Civil Veterinary Dept. Bombay admin report 1900-1906 - 1900-1906
Year: 1900
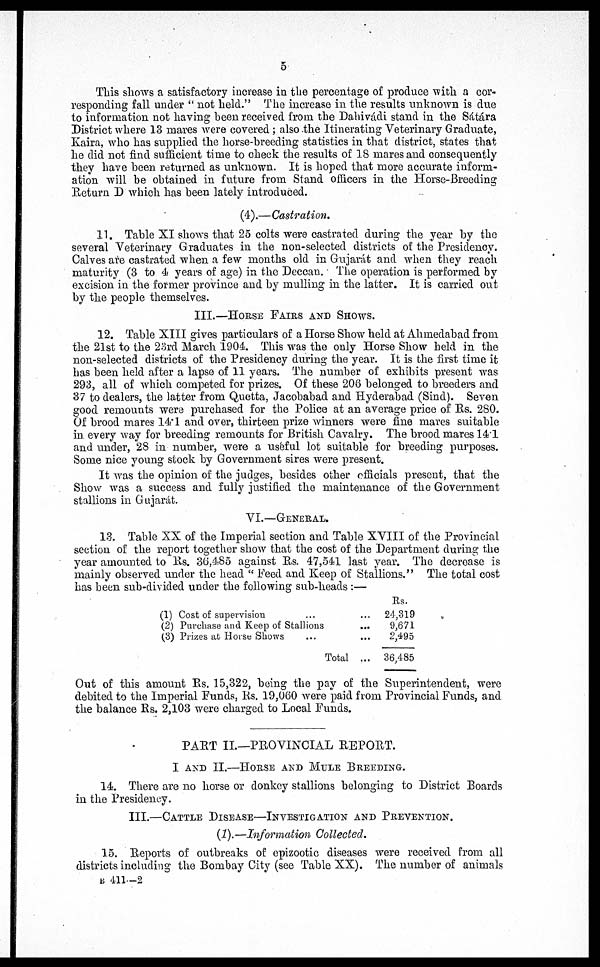
5
This shows a satisfactory increase in the percentage of produce with a cor-
responding fall under "not held." The increase in the results unknown is due
to information not having been received from the Dahivádi stand in the Sátára
District where 13 mares were covered ; also the Itinerating Veterinary Graduate,
Kaira, who has supplied the horse-breeding statistics in that district, states that
he did not find sufficient time to check the results of 18 mares and consequently
they have been returned as unknown. It is hoped that more accurate inform-
ation will be obtained in future from Stand officers in the Horse-Breeding
Return D which has been lately introduced.
(4).—Castration.
11. Table XI shows that 25 colts were castrated during the year by the
several Veterinary Graduates in the non-selected districts of the Presidency.
Calves are castrated when a few months old in Gujarat and when they reach
maturity (3 to 4 years of age) in the Deccau. The operation is performed by
excision in the former province and by mulling in the latter. It is carried out
by the people themselves.
III.—HORSE FAIRS AND SHOWS.
12. Table XIII gives particulars of a Horse Show held at Ahmedabad from
the 21st to the 23rd March 1904. This was the only Horse Show held in the
non-selected districts of the Presidency during the year. It is the first time it
has been held after a lapse of 11 years. The number of exhibits present was
293, all of which competed for prizes. Of these 206 belonged to breeders and
37 to dealers, the latter from Quetta, Jacobabad and Hyderabad (Sind). Seven
good remounts were purchased for the Police at an average price of Rs. 280.
Of brood mares 14.1 and over, thirteen prize winners were fine mares suitable
in every way for breeding remounts for British Cavalry. The brood mares 141
and under, 28 in number, were a useful lot suitable for breeding purposes.
Some nice young stock by Government sires were present.
It was the opinion of the judges, besides other officials present, that the
Show was a success and fully justified the maintenance of the Government
stallions in Gujarat.
VI.—GENERAL.
13. Table XX of the Imperial section and Table XVIII of the Provincial
section of the report together show that the cost of the Department during the
year amounted to Rs. 36,485 against Rs. 47,541 last year. The decrease is
mainly observed under the head "Feed and Keep of Stallions." The total cost
has been sub-divided under the following sub-heads :—
(1) Cost of supervision
...
...
(2) Purchase and Keep of Stallions
...
(3) Prizes at Horse Shows
...
...
Total ...
Rs.
24,319
9,671
2,495
36,485
Out of this amount Rs. 15,322, being the pay of the Superintendent, were
debited to the Imperial Funds, Rs. 19,060 were paid from Provincial Funds, and
the balance Rs. 2,103 were charged to Local Funds.
PART II.—PROVINCIAL REPORT.
I AND II.—HORSE AND MULE BREEDING.
14. There are no horse or donkey stallions belonging to District Boards
in the Presidency.
III.—CATTLE DISEASE—INVESTIGATION AND PREVENTION.
(1).—Information Collected.
15. Reports of outbreaks of epizootic diseases were received from all
districts including the Bombay City (see Table XX). The number of animals
B 411—2